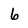
Character: 6